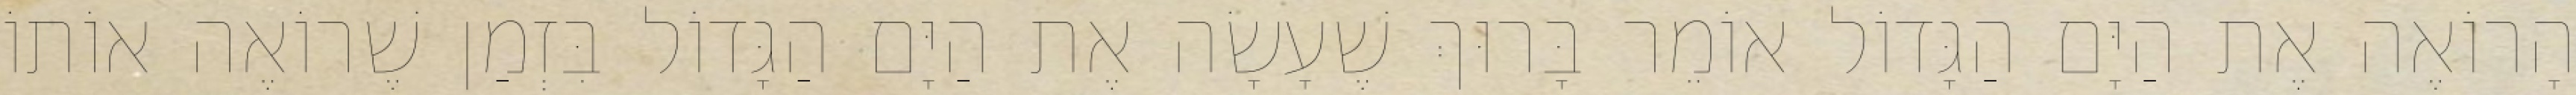
הָרוֹאֶה אֶת הַיָּם הַגָּדוֹל אוֹמֵר בָּרוּךְ שֶׁעָשָׂה אֶת הַיָּם הַגָּדוֹל בִּזְמַן שֶׁרוֹאֶה אוֹתוֹ